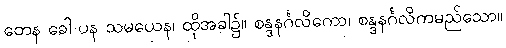
တေန ခေါ ပန သမယေန၊ ထိုအခါ၌။ စန္ဒနင်္ဂလိကော၊ စန္ဒနင်္ဂလိကမည်သော။